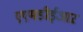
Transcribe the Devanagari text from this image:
एएमडीईआऱ